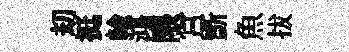
刧挺輸鴻隈宫斵魚拔